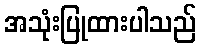
အသုံးပြုထားပါသည်